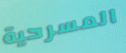
المسرحية